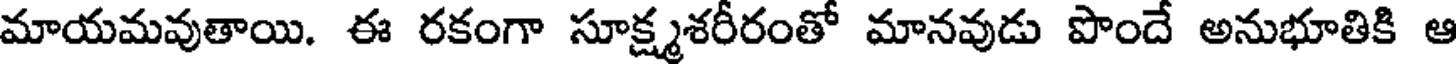
మాయమవుతాయి. ఈ రకంగా సూక్ష్మశరీరంతో మానవుడు పొందే అనుభూతికి ఆ